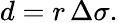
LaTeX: d=r\, \Delta\sigma.